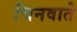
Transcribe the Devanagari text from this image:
चिनवाते